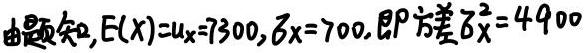
由题知,$E(X)=\mu_X = 7300,\sigma_X = 700,即方差\sigma_X^{2}=4900$